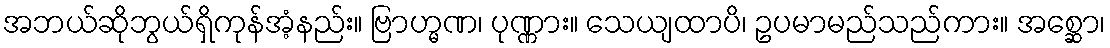
အဘယ်ဆိုဘွယ်ရှိကုန်အံ့နည်း။ ဗြာဟ္မဏ၊ ပုဏ္ဏား။ သေယျထာပိ၊ ဥပမာမည်သည်ကား။ အစ္ဆော၊